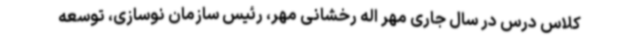
کلاس درس در سال جاری مهر اله رخشانی مهر، رئیس سازمان نوسازی، توسعه